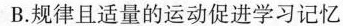
B.规律且适量的运动促进学习记忆